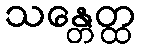
သန္တေတ္ထ